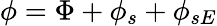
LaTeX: \phi=\Phi+\phi_{s}+\phi_{sE}